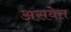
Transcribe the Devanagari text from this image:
असवेत